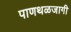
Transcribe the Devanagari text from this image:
पाणथळजागी